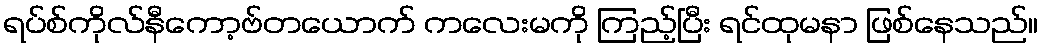
ရပ်စ်ကိုလ်နီကော့ဗ်တယောက် ကလေးမကို ကြည့်ပြီး ရင်ထုမနာ ဖြစ်နေသည်။